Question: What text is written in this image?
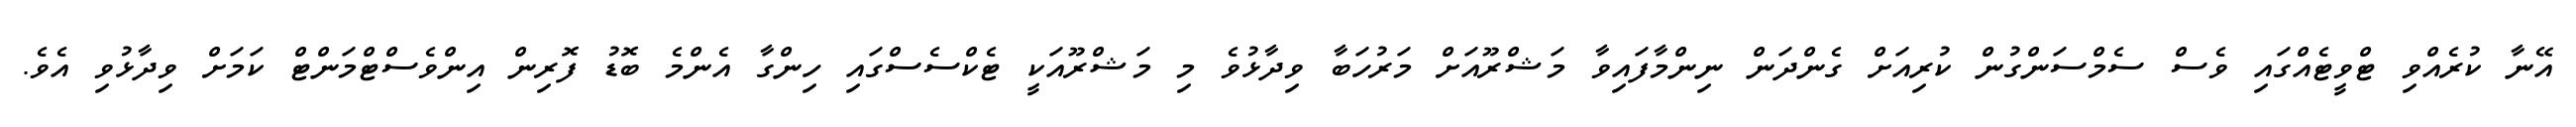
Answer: އޭނާ ކުރެއްވި ޓްވީޓެއްގައި ވެސް ސެމްސަންގުން ކުރިއަށް ގެންދަން ނިންމާފައިވާ މަޝްރޫއަށް މަރުހަބާ ވިދާޅުވެ މި މަޝްރޫއަކީ ޓެކްސެސްގައި ހިންގާ އެންމެ ބޮޑު ފޮރިން އިންވެސްޓްމަންޓް ކަމަށް ވިދާޅުވި އެވެ.